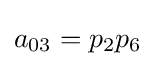
a_{03}=p_{2}p_{6}